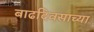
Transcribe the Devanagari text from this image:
बाढदिवसाच्या